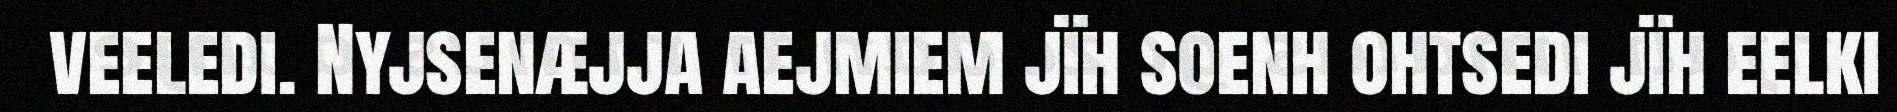
veeledi. Nyjsenæjja aejmiem jïh soenh ohtsedi jïh eelki